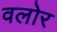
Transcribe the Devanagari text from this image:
वलोर